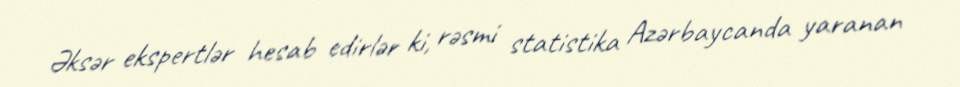
Əksər ekspertlər hesab edirlər ki, rəsmi statistika Azərbaycanda yaranan